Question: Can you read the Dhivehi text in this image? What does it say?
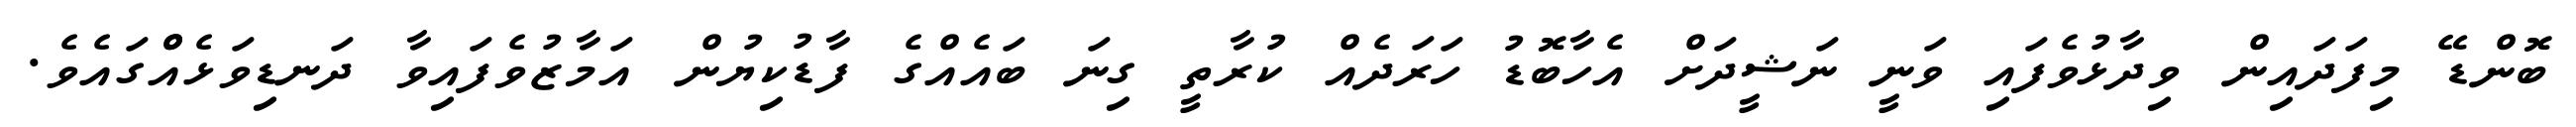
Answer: ބޮންޑޭ މިފަދައިން ވިދާޅުވެފައި ވަނީ ނަޝީދަށް އެހާބޮޑު ހަރަދެއް ކުރާތީ ގިނަ ބައެއްގެ ފާޑުކިޔުން އަމާޒުވެފައިވާ ދަނޑިވަޅެއްްގައެވެ.